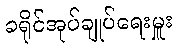
ခရိုင်အုပ်ချုပ်ရေးမှူး